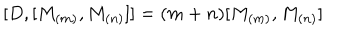
\lbrack D , [ M _ { ( m ) } , M _ { ( n ) } ] ] = ( m + n ) [ M _ { ( m ) } , M _ { ( n ) } ]